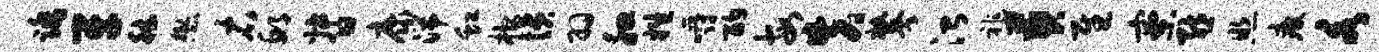
踏牙德懋右邱督康湍虹棺愤羽腮姓嚼酌每失攀治祚葬慰寮熊照疲各